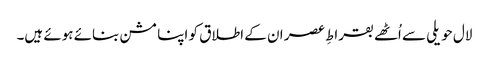
لال حویلی سے اُٹھے بقراطِ عصر ان کے اطلاق کو اپنا مشن بنائے ہوئے ہیں۔